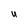
Character: U